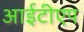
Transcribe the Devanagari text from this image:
आईटीएप